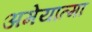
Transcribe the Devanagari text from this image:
अमेयात्मा